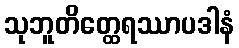
သုဘူတိတ္ထေရဿာပဒါနံ